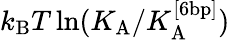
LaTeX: k_{\mathrm{B}}T\ln(K_{\mathrm{A}}/K_{\mathrm{A}}^{[6\mathrm{bp}]})